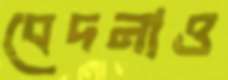
বেদনাও